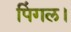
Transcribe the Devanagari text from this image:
पिंगल।